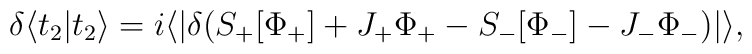
\delta \langle t_2|t_2\rangle =i \langle |\delta(S_+[\Phi_+]+J_+\Phi_+ - S_-[\Phi_-] -J_-\Phi_-)|\rangle,